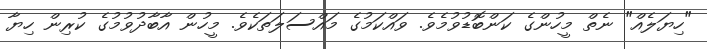
"ހިޔަލެއް" ނެތް މީހުންގެ ކަންބޮޑުވުމެވެ. ވައްކަމުގެ މައްސަލަތަކެވެ. މީހުން އާބާދުވުމުގެ ކުރިން ހިޔާ